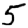
Digit: 5